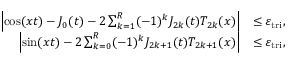
\begin{array} { r l } { \left| \cos ( x t ) - J _ { 0 } ( t ) - 2 \sum _ { k = 1 } ^ { R } ( - 1 ) ^ { k } J _ { 2 k } ( t ) T _ { 2 k } ( x ) \right| } & { \leq \varepsilon _ { \mathrm { t r i } } , } \\ { \left| \sin ( x t ) - 2 \sum _ { k = 0 } ^ { R } ( - 1 ) ^ { k } J _ { 2 k + 1 } ( t ) T _ { 2 k + 1 } ( x ) \right| } & { \leq \varepsilon _ { \mathrm { t r i } } , } \end{array}